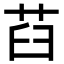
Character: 𦭻